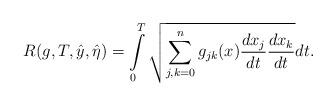
LaTeX: \begin{align*}R(g,T,\hat y,\hat\eta)=\int\limits_0^T \sqrt{\sum_{j,k=0}^n g_{jk}(x)\frac{dx_j}{dt}\frac{dx_k}{dt}}dt.\end{align*}